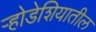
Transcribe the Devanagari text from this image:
र्‍होडेशियातील